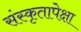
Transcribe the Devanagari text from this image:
संस्कृतापेक्षा